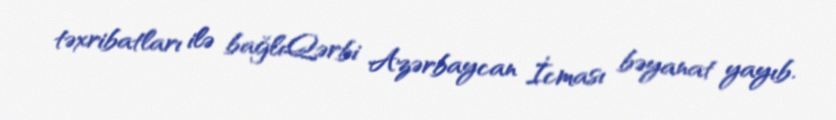
təxribatları ilə bağlıQərbi Azərbaycan İcması bəyanat yayıb.